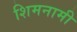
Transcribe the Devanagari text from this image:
शिमनामी